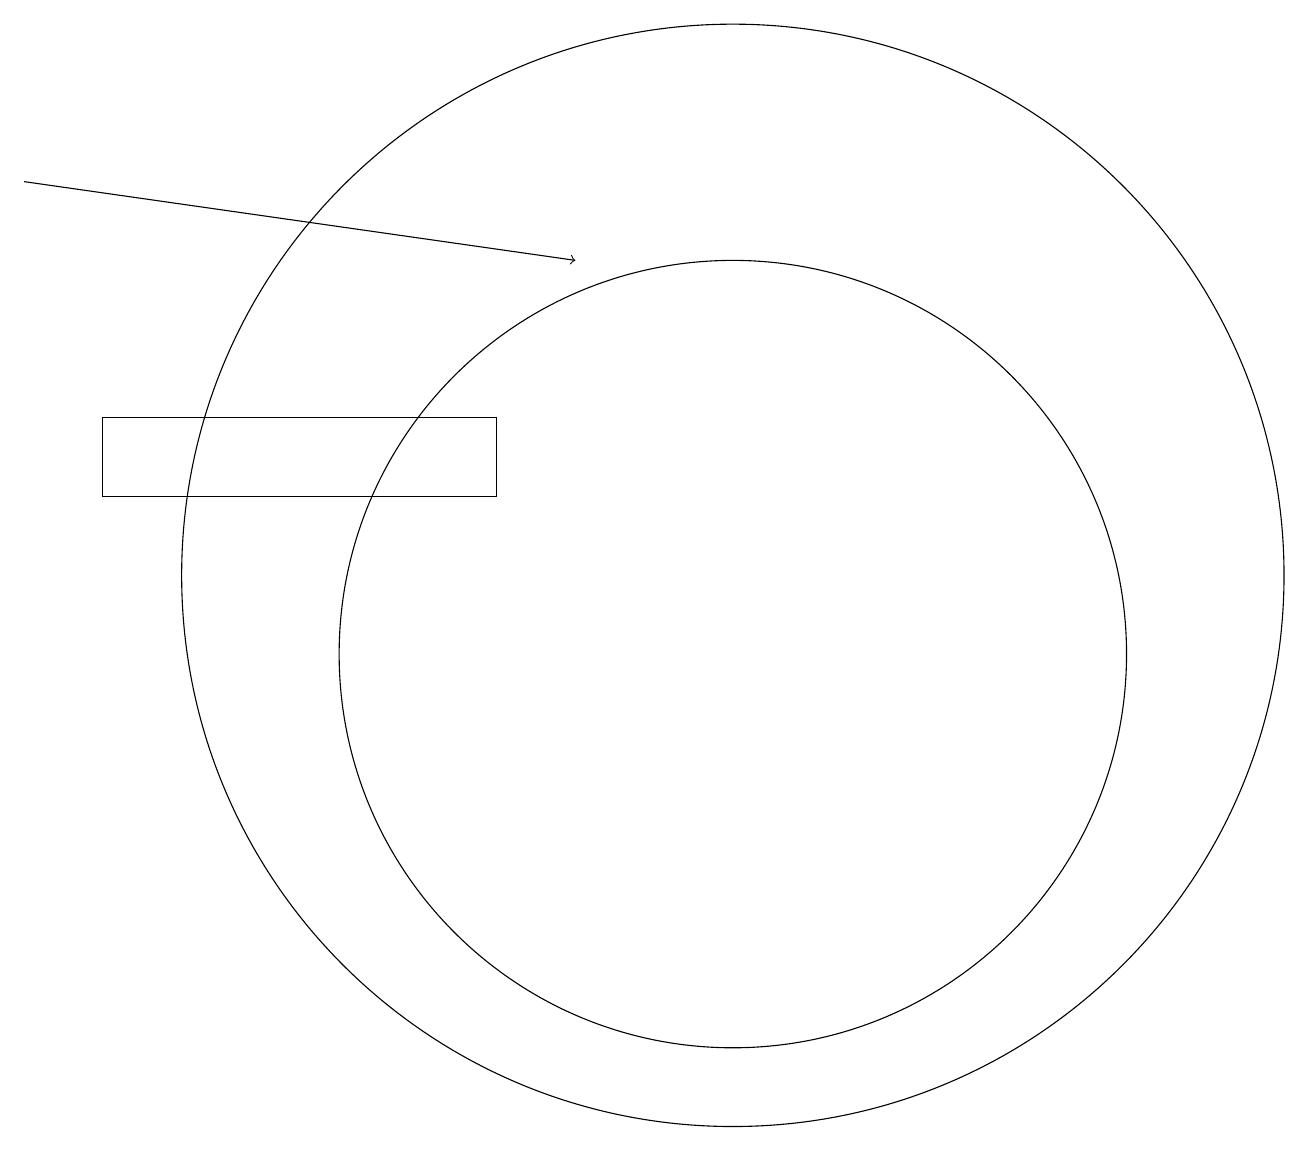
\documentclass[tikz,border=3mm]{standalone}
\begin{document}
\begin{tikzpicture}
\draw[->] (2,17) -- (9,16);
\draw (11,11) circle (5);
\draw (8,14) rectangle (3,13);
\draw (11,12) circle (7);
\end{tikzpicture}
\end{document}